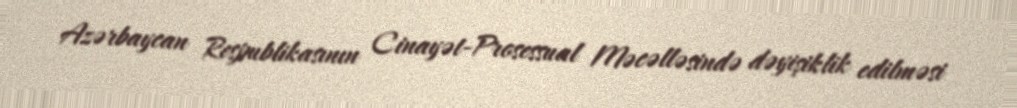
Azərbaycan Respublikasının Cinayət-Prosessual Məcəlləsində dəyişiklik edilməsi